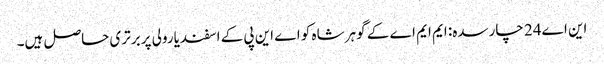
این اے24 چارسدہ: ایم ایم اے کے گوہر شاہ کو اے این پی کے اسفندیارولی پر برتری حاصل ہیں۔